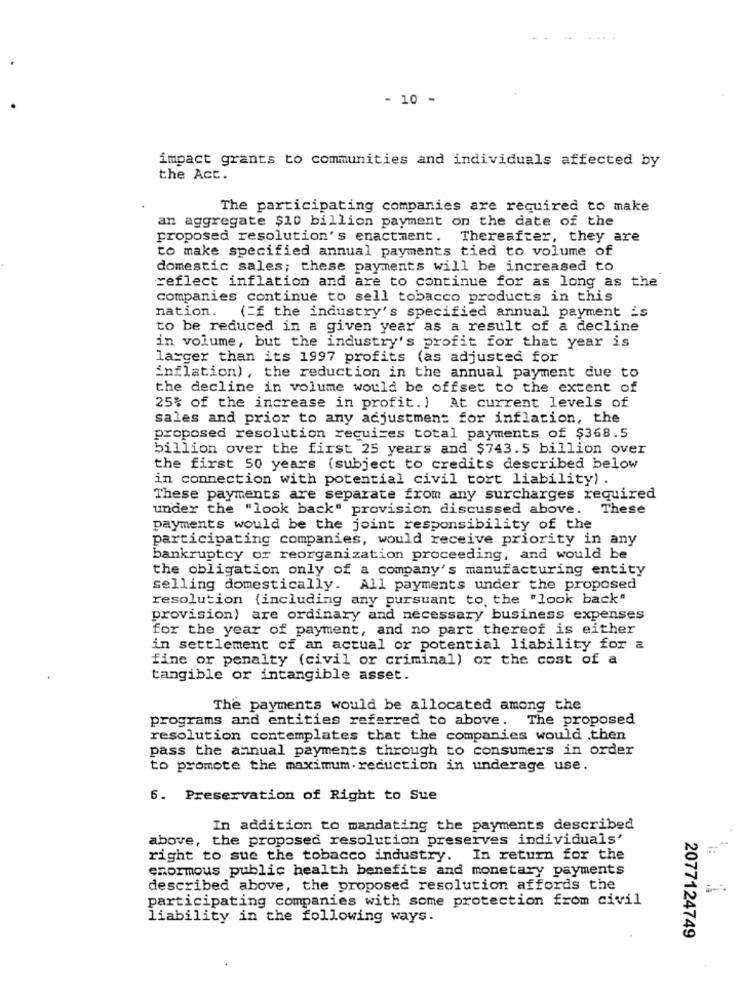
- 10 -
impact grants to communities and individuals affected by
the Act.
The participating companies are required to make
an aggregate $10 billion payment on the date of the
proposed resolution's enactment. Thereafter, they are
to make specified annual payments tied to volume of
domestic sales; these payments will be increased to
reflect inflation and are to continue for as long as the
Companies continue to sell tobacco products in this
nation. (=f the industry's specified annual payment _s
to be reduced in a given year as a result of a decline
in volume, but the industry's profit for that year is
larger than its 1997 profits (as adjusted for
inflation) , the reduction in the annual payment due to
the decline in volume would be offset to the extent of
25% of the increase in profit.) At current levels of
sales and prior to any adjustment for inflation, the
proposed resolution requises total payments of $368.5
billion over the first 25 years and $743.5 billion over
the first 50 years (subject to credits described below
in connection with potential civil tort liability) .
These payments are separate from any surcharges required
under the "look back" provision discussed above.
These
payments would be the joint responsibility of the
participating companies, would receive priority in any
bankruptcy or reorganization proceeding, and would be
the obligation only of a company's manufacturing entity
selling domestically. All payments under the proposed
resolution (including any pursuant to, the "look back"
provision) are ordinary and necessary business expenses
for the year of payment, and no part thereof is either
in settlement of an actual or potential liability for a
fine or penalty (civil or criminal) or the cost of a
tangible or intangible asset.
The payments would be allocated among the
programs and entities referred to above. The proposed
resolution contemplates that the companies would .then
pass the annual payments through to consumers in order
to promote the maximum reduction in underage use.
6. Preservation of Right to Sue
In addition to mandating the payments described
above, the proposed resolution preserves individuals'
1:
right to sue the tobacco industry. In return for the
enormous public health benefits and monetary payments
described above, the proposed resolution affords the
participating companies with some protection from civil
liability in the following ways.
2077124749